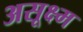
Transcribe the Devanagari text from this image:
असूक्ष्म